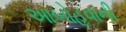
આબોહવાની